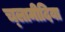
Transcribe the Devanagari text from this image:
च्‍लामीदिया